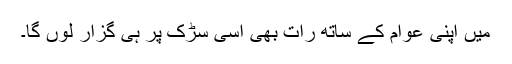
میں اپنی عوام کے ساتھ رات بھی اسی سڑک پر ہی گزار لوں گا۔